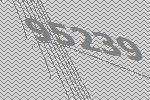
95239